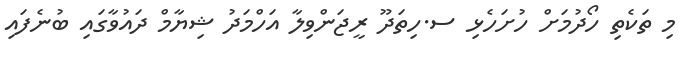
މި ތަކެތި ހޯދުމަށް ހުށަހެޅި ސ.ހިތަދޫ ރީޖަންވިލާ އަހްމަދު ޝިޔާމް ދައުވާގައި ބުނެފައި